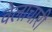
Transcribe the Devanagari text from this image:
वेलाचारी